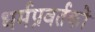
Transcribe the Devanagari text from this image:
धर्मप्रवर्तकों